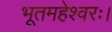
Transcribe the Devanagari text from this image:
भूतमहेश्वरः।